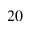
^ { 2 0 }